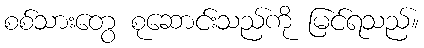
စစ်သားတွေ စုဆောင်းသည်ကို မြင်ရသည်။